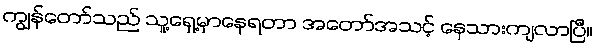
ကျွန်တော်သည် သူ့ရှေ့မှာနေရတာ အတော်အသင့် နေသားကျလာပြီ။